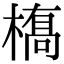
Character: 𫞎